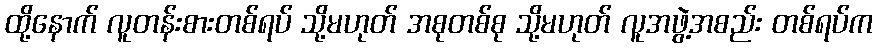
ထို့နောက် လူတန်းစားတစ်ရပ် သို့မဟုတ် အစုတစ်စု သို့မဟုတ် လူအဖွဲ့အစည်း တစ်ရပ်က